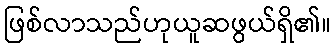
ဖြစ်လာသည်ဟုယူဆဖွယ်ရှိ၏။